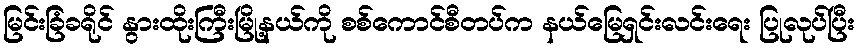
မြင်းခြံခရိုင် နွားထိုးကြီးမြို့နယ်ကို စစ်ကောင်စီတပ်က နယ်မြေရှင်းလင်းရေး ပြုလုပ်ပြီး